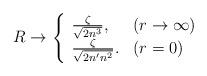
LaTeX: \begin{align*}R\to \left\{\begin{array}{ll}\frac\zeta{\sqrt{2n^3}}, & (r\to\infty) \\ \frac\zeta{\sqrt{2n'n^2}}. & (r= 0)\end{array}\right.\end{align*}